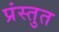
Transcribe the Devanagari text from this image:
प्रंस्तुत